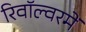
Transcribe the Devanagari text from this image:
रिवॉल्वरमें